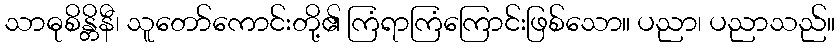
သာဓုစိန္တိနီ၊ သူတော်ကောင်းတို့၏ ကြံရာကြံကြောင်းဖြစ်သော။ ပညာ၊ ပညာသည်။